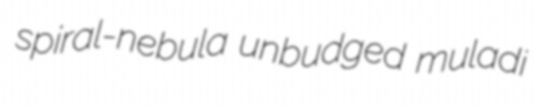
spiral-nebula unbudged muladi